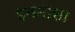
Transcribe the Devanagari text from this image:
इतनासा